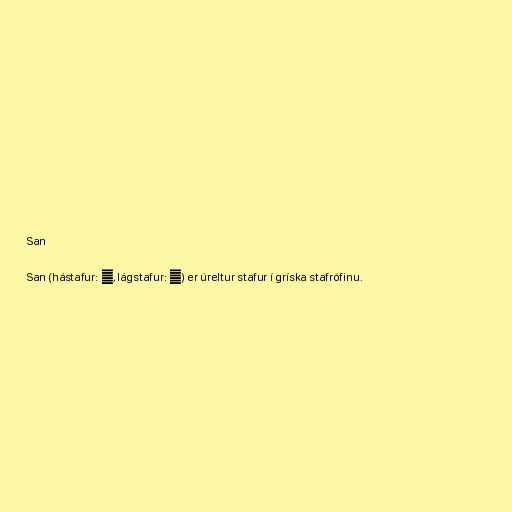
San

San (hástafur: Ϻ, lágstafur: ϻ) er úreltur stafur í gríska stafrófinu.